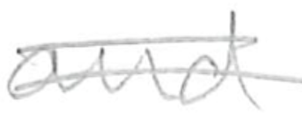
Text: and
Cross-out: double-line
Writing tool: pencil